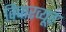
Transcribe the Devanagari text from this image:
विचारव्यूह